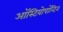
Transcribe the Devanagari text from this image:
ऑस्टियोपॉन्टिन